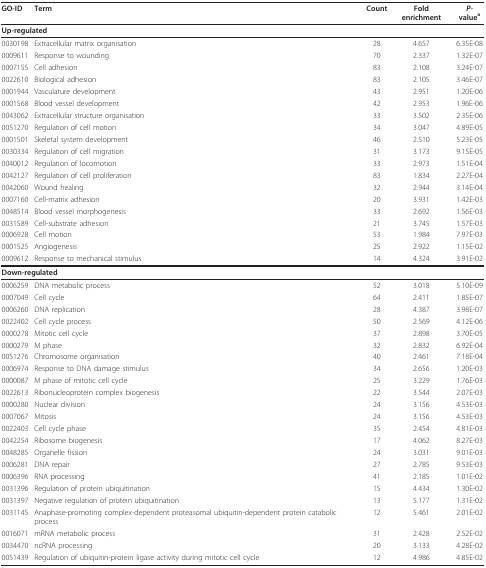
<table><thead><tr><td><b>GO-ID</b></td><td><b>Term</b></td><td><b>Count</b></td><td><b>Fold enrichment</b></td><td><b><i>P-</i>value<sup>a</sup></b></td></tr></thead><tbody><tr><td colspan="5"><b>Up-regulated</b></td></tr><tr><td>0030198</td><td>Extracellular matrix organisation</td><td>28</td><td>4.657</td><td>6.35E-08</td></tr><tr><td>0009611</td><td>Response to wounding</td><td>70</td><td>2.337</td><td>1.32E-07</td></tr><tr><td>0007155</td><td>Cell adhesion</td><td>83</td><td>2.108</td><td>3.24E-07</td></tr><tr><td>0022610</td><td>Biological adhesion</td><td>83</td><td>2.105</td><td>3.46E-07</td></tr><tr><td>0001944</td><td>Vasculature development</td><td>43</td><td>2.951</td><td>1.20E-06</td></tr><tr><td>0001568</td><td>Blood vessel development</td><td>42</td><td>2.953</td><td>1.96E-06</td></tr><tr><td>0043062</td><td>Extracellular structure organisation</td><td>33</td><td>3.502</td><td>2.35E-06</td></tr><tr><td>0051270</td><td>Regulation of cell motion</td><td>34</td><td>3.047</td><td>4.89E-05</td></tr><tr><td>0001501</td><td>Skeletal system development</td><td>46</td><td>2.510</td><td>5.23E-05</td></tr><tr><td>0030334</td><td>Regulation of cell migration</td><td>31</td><td>3.173</td><td>9.15E-05</td></tr><tr><td>0040012</td><td>Regulation of locomotion</td><td>33</td><td>2.973</td><td>1.51E-04</td></tr><tr><td>0042127</td><td>Regulation of cell proliferation</td><td>83</td><td>1.834</td><td>2.27E-04</td></tr><tr><td>0042060</td><td>Wound healing</td><td>32</td><td>2.944</td><td>3.14E-04</td></tr><tr><td>0007160</td><td>Cell-matrix adhesion</td><td>20</td><td>3.931</td><td>1.42E-03</td></tr><tr><td>0048514</td><td>Blood vessel morphogenesis</td><td>33</td><td>2.692</td><td>1.56E-03</td></tr><tr><td>0031589</td><td>Cell-substrate adhesion</td><td>21</td><td>3.745</td><td>1.57E-03</td></tr><tr><td>0006928</td><td>Cell motion</td><td>53</td><td>1.984</td><td>7.97E-03</td></tr><tr><td>0001525</td><td>Angiogenesis</td><td>25</td><td>2.922</td><td>1.15E-02</td></tr><tr><td>0009612</td><td>Response to mechanical stimulus</td><td>14</td><td>4.324</td><td>3.91E-02</td></tr><tr><td colspan="5"><b>Down-regulated</b></td></tr><tr><td>0006259</td><td>DNA metabolic process</td><td>52</td><td>3.018</td><td>5.10E-09</td></tr><tr><td>0007049</td><td>Cell cycle</td><td>64</td><td>2.411</td><td>1.85E-07</td></tr><tr><td>0006260</td><td>DNA replication</td><td>28</td><td>4.387</td><td>3.98E-07</td></tr><tr><td>0022402</td><td>Cell cycle process</td><td>50</td><td>2.569</td><td>4.12E-06</td></tr><tr><td>0000278</td><td>Mitotic cell cycle</td><td>37</td><td>2.898</td><td>3.70E-05</td></tr><tr><td>0000279</td><td>M phase</td><td>32</td><td>2.832</td><td>6.92E-04</td></tr><tr><td>0051276</td><td>Chromosome organisation</td><td>40</td><td>2.461</td><td>7.18E-04</td></tr><tr><td>0006974</td><td>Response to DNA damage stimulus</td><td>34</td><td>2.656</td><td>1.20E-03</td></tr><tr><td>0000087</td><td>M phase of mitotic cell cycle</td><td>25</td><td>3.229</td><td>1.76E-03</td></tr><tr><td>0022613</td><td>Ribonucleoprotein complex biogenesis</td><td>22</td><td>3.544</td><td>2.07E-03</td></tr><tr><td>0000280</td><td>Nuclear division</td><td>24</td><td>3.156</td><td>4.53E-03</td></tr><tr><td>0007067</td><td>Mitosis</td><td>24</td><td>3.156</td><td>4.53E-03</td></tr><tr><td>0022403</td><td>Cell cycle phase</td><td>35</td><td>2.454</td><td>4.81E-03</td></tr><tr><td>0042254</td><td>Ribosome biogenesis</td><td>17</td><td>4.062</td><td>8.27E-03</td></tr><tr><td>0048285</td><td>Organelle fission</td><td>24</td><td>3.031</td><td>9.01E-03</td></tr><tr><td>0006281</td><td>DNA repair</td><td>27</td><td>2.785</td><td>9.53E-03</td></tr><tr><td>0006396</td><td>RNA processing</td><td>41</td><td>2.185</td><td>1.01E-02</td></tr><tr><td>0031396</td><td>Regulation of protein ubiquitination</td><td>15</td><td>4.434</td><td>1.30E-02</td></tr><tr><td>0031397</td><td>Negative regulation of protein ubiquitination</td><td>13</td><td>5.177</td><td>1.31E-02</td></tr><tr><td>0031145</td><td>Anaphase-promoting complex-dependent proteasomal ubiquitin-dependent protein catabolic process</td><td>12</td><td>5.461</td><td>2.01E-02</td></tr><tr><td>0016071</td><td>mRNA metabolic process</td><td>31</td><td>2.428</td><td>2.52E-02</td></tr><tr><td>0034470</td><td>ncRNA processing</td><td>20</td><td>3.133</td><td>4.28E-02</td></tr><tr><td>0051439</td><td>Regulation of ubiquitin-protein ligase activity during mitotic cell cycle</td><td>12</td><td>4.986</td><td>4.85E-02</td></tr></tbody></table>